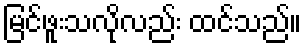
မြင်ဖူးသလိုလည်း ထင်သည်။